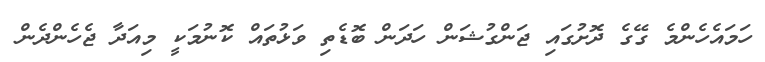
ހަމައެހެންމެ ގޭގެ ދޮށުގައި ޖަންގުޝަން ހަދަން ބޮޑެތި ވަޅުތައް ކޮނުމަކީ މިއަދާ ޖެހެންދެން